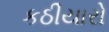
કઠીયારો